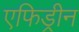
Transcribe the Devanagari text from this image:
एफिड्रीन